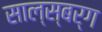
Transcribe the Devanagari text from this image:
साल्स्बर्ग